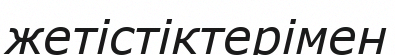
жетістіктерімен